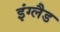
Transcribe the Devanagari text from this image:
इंग्‍लैड